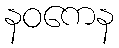
နဝကေန